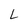
Character: L